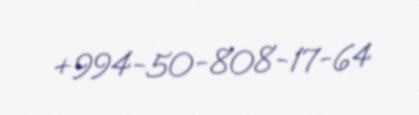
+994-50-808-17-64